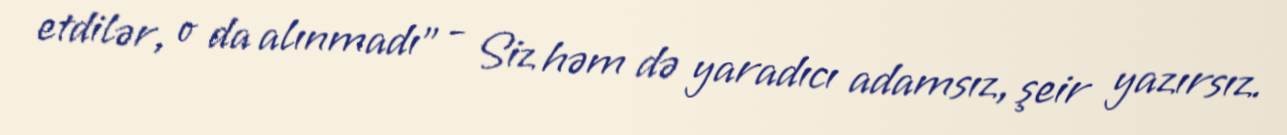
etdilər, o da alınmadı” - Siz həm də yaradıcı adamsız, şeir yazırsız.